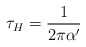
\begin{align*}\tau_H = \frac{1}{2\pi\alpha'}\end{align*}